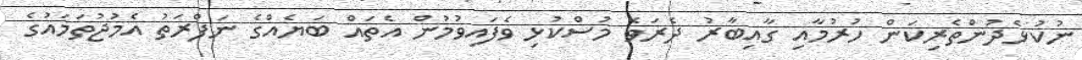
ނުކުޅެދުންތެރިކަން ހުރުމާއި ގާއިބާރު ދެރަވެ މުސްކުޅި ވެފައިވުމުން އެތައް ބަޔެއްގެ ނަފްރަތު އެމުޖުތަމައުގެ